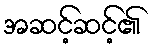
အဆင့်ဆင့်၏